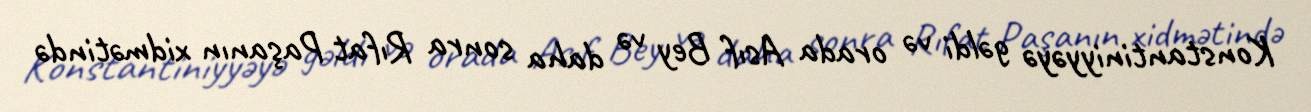
Konstantiniyyəyə gəldi və orada Asıf Bey və daha sonra Rıfat Paşanın xidmətində